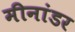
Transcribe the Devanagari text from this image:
मीनांडर